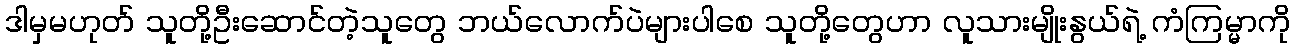
ဒါမှမဟုတ် သူတို့ဦးဆောင်တဲ့သူတွေ ဘယ်လောက်ပဲများပါစေ သူတို့တွေဟာ လူသားမျိုးနွယ်ရဲ့ ကံကြမ္မာကို